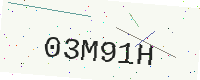
Text: 03M91H